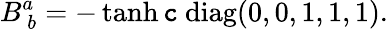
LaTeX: B_{~b}^{a}=-\operatorname{tanh}\mathtt{c}\ \mathrm{{diag}}(0,0,1,1,1).